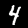
Digit: 4